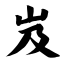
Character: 岌